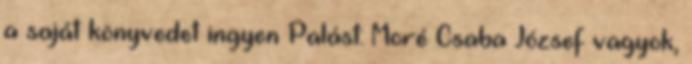
a saját könyvedet ingyen Palást: Moré Csaba József vagyok,